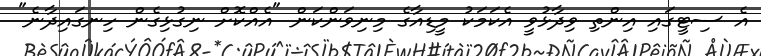
އެ ސިޓީގައި އިންތި ވިދާޅުވީ އެކަމަކު މީޑިއާގެ މިނިވަންކަން "އެއްކޮށް ނިގުޅިގެން ހިނގައިދާނެ"